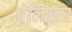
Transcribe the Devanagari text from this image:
चेलियार